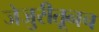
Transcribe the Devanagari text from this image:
जेजुरीतूनच